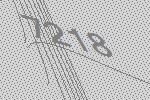
7218